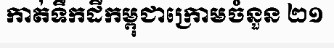
កាត់ទឹកដីកម្ពុជាក្រោមចំនួន ២១